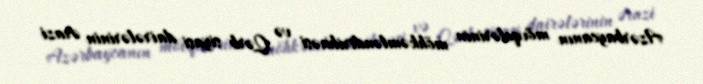
Azərbaycanın mövqelərinin möhkəmləndirilməsi və Qərb siyasi dairələrinin ərazi